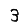
Digit: 3